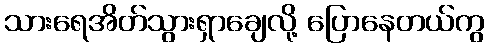
သားရေအိတ်သွားရှာချေလို့ ပြောနေတယ်ကွ